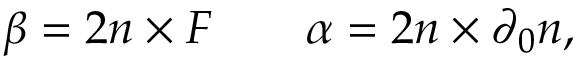
\beta = 2 n \times { \cal F } \qquad \alpha = 2 n \times \partial _ { 0 } n ,